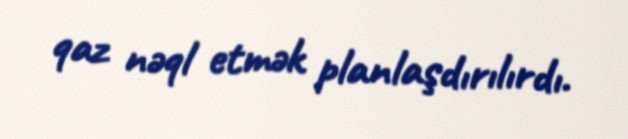
qaz nəql etmək planlaşdırılırdı.